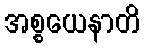
အစ္စယေနာတိ